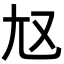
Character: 𡯉